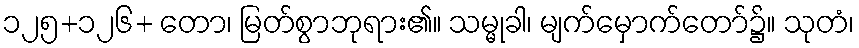
၁၂၅+၁၂၆+ တော၊ မြတ်စွာဘုရား၏။ သမ္မုခါ၊ မျက်မှောက်တော်၌။ သုတံ၊